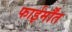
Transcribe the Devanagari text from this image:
फाईर्मौंत